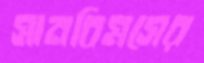
সানবিমসের